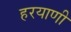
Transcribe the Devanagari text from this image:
हरयाणी